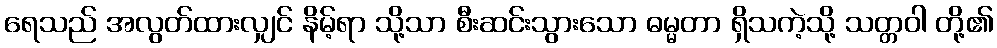
ရေသည် အလွတ်ထားလျှင် နိမ့်ရာ သို့သာ စီးဆင်းသွားသော ဓမ္မတာ ရှိသကဲ့သို့ သတ္တဝါ တို့၏